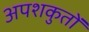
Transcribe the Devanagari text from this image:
अपशकुतों